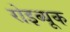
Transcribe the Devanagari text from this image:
रोइब्यूक